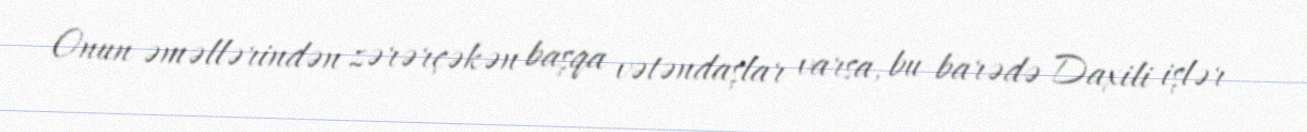
Onun əməllərindən zərərçəkən başqa vətəndaşlar varsa, bu barədə Daxili işlər